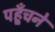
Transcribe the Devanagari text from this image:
पहूँचने